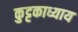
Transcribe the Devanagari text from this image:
कुट्टकाध्याय